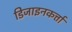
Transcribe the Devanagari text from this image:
डिजाइनकर्त्ता